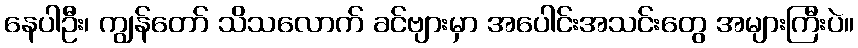
နေပါဦး၊ ကျွန်တော် သိသလောက် ခင်ဗျားမှာ အပေါင်းအသင်းတွေ အများကြီးပဲ။